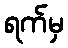
ရက်မှ